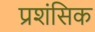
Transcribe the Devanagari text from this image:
प्रशंसिक